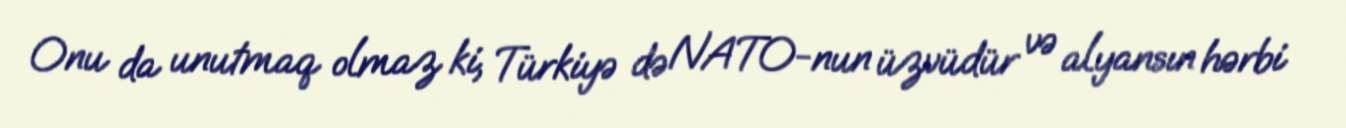
Onu da unutmaq olmaz ki, Türkiyə də NATO-nun üzvüdür və alyansın hərbi